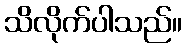
သိလိုက်ပါသည်။